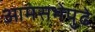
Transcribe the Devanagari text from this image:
आमसभेपुढे